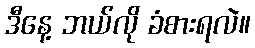
ဒီနေ့ ဘယ်လို ခံစားရလဲ။